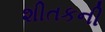
શીતકની